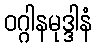
ဝဂ္ဂါနမုဒ္ဒါနံ